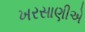
ખરસાણીએ